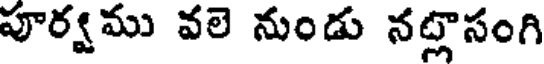
పూర్వము వలె నుండు నట్లాసంగి